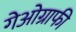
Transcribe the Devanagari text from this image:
गेओग्राफी